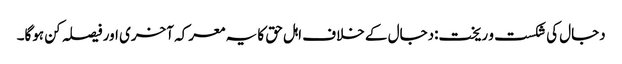
دجال کی شکست و ریخت:دجال کے خلاف اہل حق کا یہ معرکہ آخری اور فیصلہ کن ہوگا۔